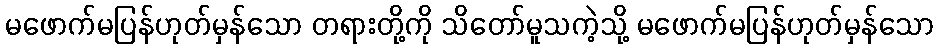
မဖောက်မပြန်ဟုတ်မှန်သော တရားတို့ကို သိတော်မူသကဲ့သို့ မဖောက်မပြန်ဟုတ်မှန်သော